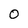
Character: 0